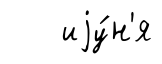
иjу́н'я